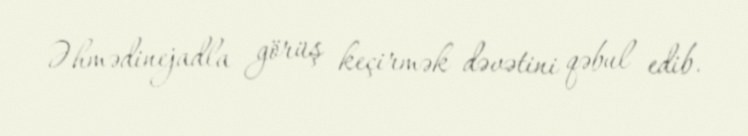
Əhmədinejadla görüş keçirmək dəvətini qəbul edib.